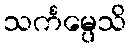
သင်္ကမ္ပေသိ